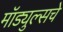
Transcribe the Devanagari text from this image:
मॉड्युल्सचे